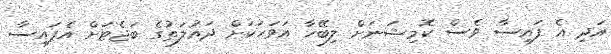
އަދި އެ ފައިސާ ވެސް ކޮމިޝަނަށް ލިބޭހާ އަވަހަކަށް ދައުލަތުގެ ބަޖެޓަށް އެފައިސާ